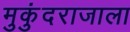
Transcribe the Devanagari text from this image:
मुकुंदराजाला